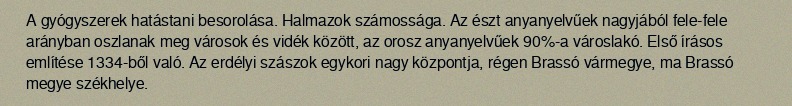
A gyógyszerek hatástani besorolása. Halmazok számossága. Az észt anyanyelvűek nagyjából fele-fele arányban oszlanak meg városok és vidék között, az orosz anyanyelvűek 90%-a városlakó. Első írásos említése 1334-ből való. Az erdélyi szászok egykori nagy központja, régen Brassó vármegye, ma Brassó megye székhelye.